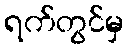
ရက်တွင်မှ